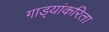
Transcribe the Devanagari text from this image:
गाड्यांकरिता